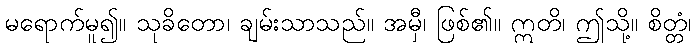
မရောက်မူ၍။ သုခိတော၊ ချမ်းသာသည်။ အမှီ၊ ဖြစ်၏။ ဣတိ၊ ဤသို့။ စိတ္တံ၊